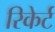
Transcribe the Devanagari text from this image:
रिकेर्ट